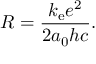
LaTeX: R = { \frac { k _ { \mathrm { e } } e ^ { 2 } } { 2 a _ { 0 } h c } } .